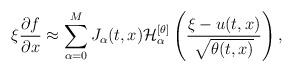
LaTeX: \begin{align*}\xi \frac{\partial f}{\partial x} \approx \sum_{\alpha=0}^{M} J_{\alpha}(t,x) \mathcal{H}^{[\theta]}_{\alpha} \left( \frac{\xi - u(t,x)}{\sqrt{\theta(t,x)}} \right),\end{align*}